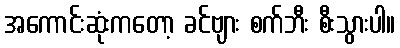
အကောင်းဆုံးကတော့ ခင်ဗျား စက်ဘီး စီးသွားပါ။